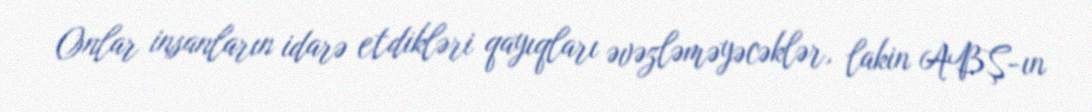
Onlar insanların idarə etdikləri qayıqları əvəzləməyəcəklər, lakin ABŞ-ın